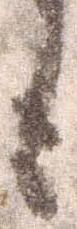
も